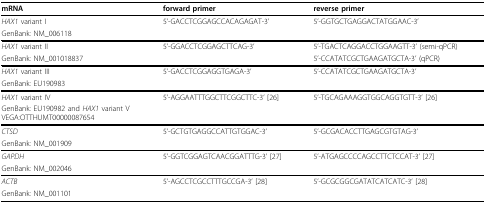
<table><thead><tr><td><b>mRNA</b></td><td><b>forward primer</b></td><td><b>reverse primer</b></td></tr></thead><tbody><tr><td><i>HAX1 </i>variant I</td><td>5&#x27;-GACCTCGGAGCCACAGAGAT-3&#x27;</td><td>5&#x27;-GGTGCTGAGGACTATGGAAC-3&#x27;</td></tr><tr><td>GenBank: NM_006118</td><td></td><td></td></tr><tr><td><i>HAX1 </i>variant II</td><td>5&#x27;-GGACCTCGGAGCTTCAG-3&#x27;</td><td>5&#x27;-TGACTCAGGACCTGGAAGTT-3&#x27; (semi-qPCR)</td></tr><tr><td>GenBank: NM_001018837</td><td></td><td>5&#x27;-CCATATCGCTGAAGATGCTA-3&#x27; (qPCR)</td></tr><tr><td><i>HAX1 </i>variant III</td><td>5&#x27;-GACCTCGGAGGTGAGA-3&#x27;</td><td>5&#x27;-CCATATCGCTGAAGATGCTA-3&#x27;</td></tr><tr><td>GenBank: EU190983</td><td></td><td></td></tr><tr><td><i>HAX1 </i>variant IV</td><td>5&#x27;-AGGAATTTGGCTTCGGCTTC-3&#x27; [26]</td><td>5&#x27;-TGCAGAAAGGTGGCAGGTGTT-3&#x27; [26]</td></tr><tr><td>GenBank: EU190982 and <i>HAX1 </i>variant V VEGA:OTTHUMT00000087654</td><td></td><td></td></tr><tr><td><i>CTSD</i></td><td>5&#x27;-GCTGTGAGGCCATTGTGGAC-3&#x27;</td><td>5&#x27;-GCGACACCTTGAGCGTGTAG-3&#x27;</td></tr><tr><td>GenBank: NM_001909</td><td></td><td></td></tr><tr><td><i>GAPDH</i></td><td>5&#x27;-GGTCGGAGTCAACGGATTTG-3&#x27; [27]</td><td>5&#x27;-ATGAGCCCCAGCCTTCTCCAT-3&#x27; [27]</td></tr><tr><td>GenBank: NM_002046</td><td></td><td></td></tr><tr><td><i>ACTB</i></td><td>5&#x27;-AGCCTCGCCTTTGCCGA-3&#x27; [28]</td><td>5&#x27;-GCGCGGCGATATCATCATC-3&#x27; [28]</td></tr><tr><td>GenBank: NM_001101</td><td></td><td></td></tr></tbody></table>